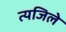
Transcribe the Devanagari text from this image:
त्यजिले